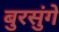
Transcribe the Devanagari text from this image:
बुरसुंगे